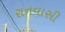
રાનવાસી